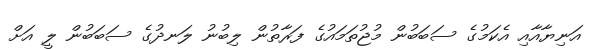
އަނިޔާއާއި އެކަމުގެ ސަބަބުން މުޖުތަމައުގެ ފަރާތުން ލިބުނު ލަނދުގެ ސަބަބުން ލީ އަށް